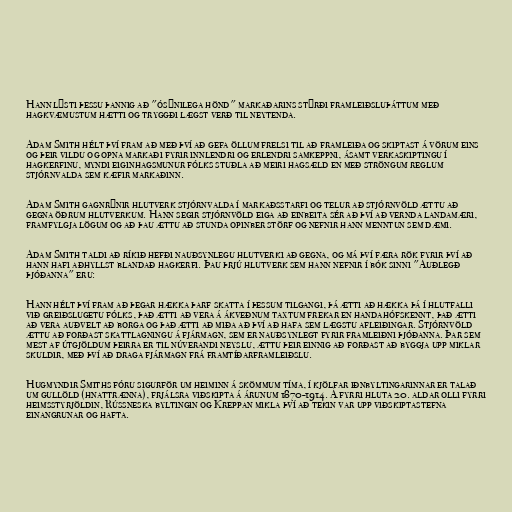
Hann lýsti þessu þannig að "ósýnilega hönd" markaðarins stýrði framleiðsluþáttum með
hagkvæmustum hætti og tryggði lægst verð til neytenda.

Adam Smith hélt því fram að með því að gefa öllum frelsi til að framleiða og skiptast á vörum eins
og þeir vildu og opna markaði fyrir innlendri og erlendri samkeppni, ásamt verkaskiptingu í
hagkerfinu, myndi eiginhagsmunur fólks stuðla að meiri hagsæld en með ströngum reglum
stjórnvalda sem kæfir markaðinn.

Adam Smith gagnrýnir hlutverk stjórnvalda í markaðsstarfi og telur að stjórnvöld ættu að
gegna öðrum hlutverkum. Hann segir stjórnvöld eiga að einbeita sér að því að vernda landamæri,
framfylgja lögum og að þau ættu að stunda opinber störf og nefnir hann menntun sem dæmi.

Adam Smith taldi að ríkið hefði nauðsynlegu hlutverki að gegna, og má því færa rök fyrir því að
hann hafi aðhyllst blandað hagkerfi. Þau þrjú hlutverk sem hann nefnir í bók sinni "Auðlegð
þjóðanna" eru:

Hann hélt því fram að þegar hækka þarf skatta í þessum tilgangi, þá ætti að hækka þá í hlutfalli
við greiðslugetu fólks, það ætti að vera á ákveðnum taxtum frekar en handahófskennt, það ætti
að vera auðvelt að borga og það ætti að miða að því að hafa sem lægstu afleiðingar. Stjórnvöld
ættu að forðast skattlagningu á fjármagn, sem er nauðsynlegt fyrir framleiðni þjóðanna. Þar sem
mest af útgjöldum þeirra er til núverandi neyslu, ættu þeir einnig að forðast að byggja upp miklar
skuldir, með því að draga fjármagn frá framtíðarframleiðslu.

Hugmyndir Smiths fóru sigurför um heiminn á skömmum tíma, í kjölfar iðnbyltingarinnar er talað
um gullöld (hnattrænna), frjálsra viðskipta á árunum 1870-1914. Á fyrri hluta 20. aldar olli fyrri
heimsstyrjöldin, Rússneska byltingin og Kreppan mikla því að tekin var upp viðskiptastefna
einangrunar og hafta.